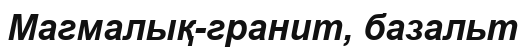
Магмалық-гранит, базальт